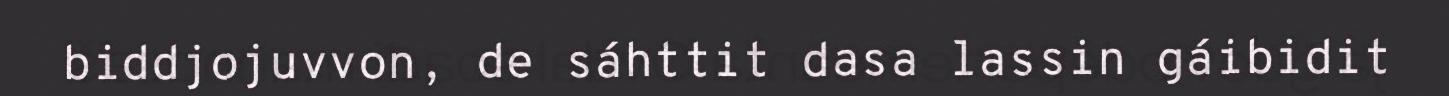
biddjojuvvon, de sáhttit dasa lassin gáibidit